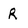
Character: R